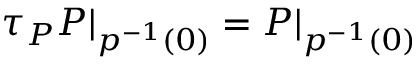
\tau _ { P } P | _ { p ^ { - 1 } ( 0 ) } = P | _ { p ^ { - 1 } ( 0 ) }